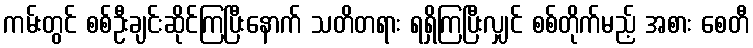
ကမ်းတွင် စစ်ဦးချင်းဆိုင်ကြပြီးနောက် သတိတရား ရရှိကြပြီးလျှင် စစ်တိုက်မည့် အစား စေတီ